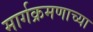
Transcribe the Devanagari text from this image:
मार्गक्रमणाच्या